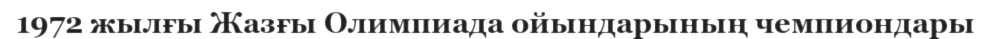
1972 жылғы Жазғы Олимпиада ойындарының чемпиондары